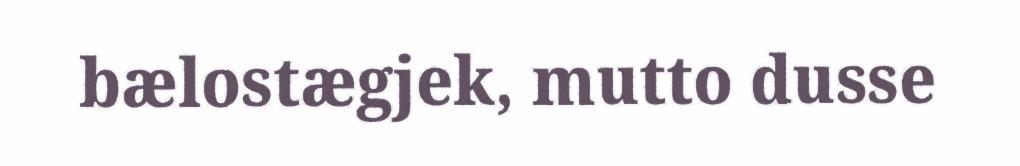
bælostægjek, mutto dusse